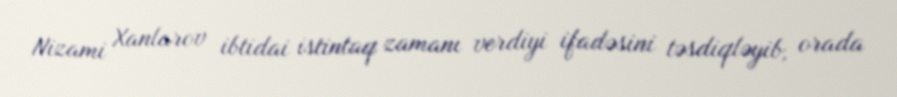
Nizami Xanlarov ibtidai istintaq zamanı verdiyi ifadəsini təsdiqləyib, orada